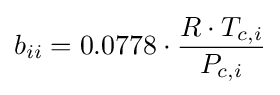
b_{ii}=0.0778\cdot {\frac {R\cdot T_{c,i}}{P_{c,i}}}